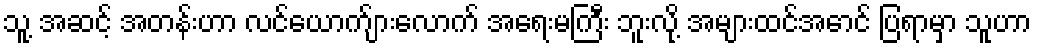
သူ့ အဆင့် အတန်းဟာ လင်ယောက်ျားလောက် အရေးမကြီး ဘူးလို့ အများထင်အောင် ပြရာမှာ သူဟာ